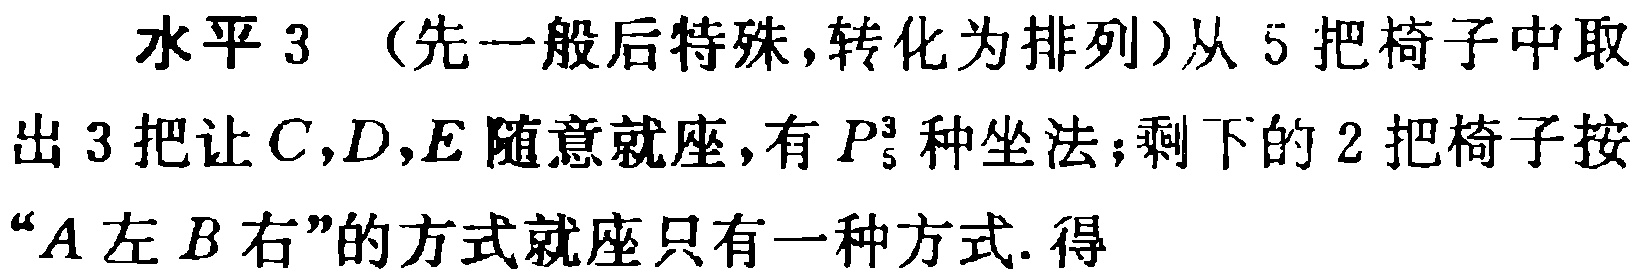
水平 3 （先一般后特殊,转化为排列）从 5 把椅子中取出 3 把让 \(C,D,E\) 随意就座, 有 \(P_{5}^{3}\) 种坐法；剩下的 2 把椅子按 “\(A\) 左 \(B\) 右”的方式就座只有一种方式. 得